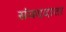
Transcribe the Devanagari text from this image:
संवददाता